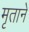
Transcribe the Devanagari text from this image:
मृताने